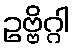
ဥဗ္ဗိဂ္ဂါ